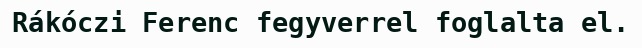
Rákóczi Ferenc fegyverrel foglalta el.